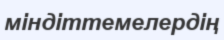
міндіттемелердің